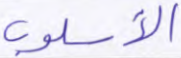
الأسلوب